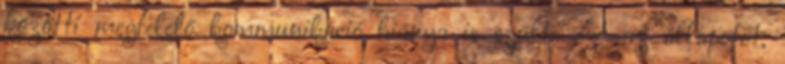
közötti megfelelő kommunikáció hiánya is szülte ezt az állapotot,